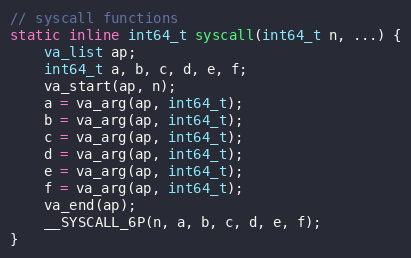
Language: C
// syscall functions
static inline int64_t syscall(int64_t n, ...) {
    va_list ap;
    int64_t a, b, c, d, e, f;
    va_start(ap, n);
    a = va_arg(ap, int64_t);
    b = va_arg(ap, int64_t);
    c = va_arg(ap, int64_t);
    d = va_arg(ap, int64_t);
    e = va_arg(ap, int64_t);
    f = va_arg(ap, int64_t);
    va_end(ap);
    __SYSCALL_6P(n, a, b, c, d, e, f);
}